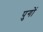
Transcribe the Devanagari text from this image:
पुगों